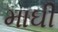
માઘી